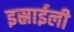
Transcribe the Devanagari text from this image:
इस्राईली